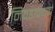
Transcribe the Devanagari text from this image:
निवडावयाचे